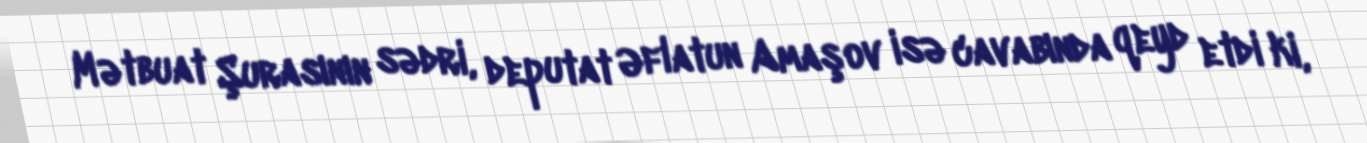
Mətbuat Şurasının sədri, deputat Əflatun Amaşov isə cavabında qeyd etdi ki,